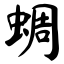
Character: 蜩